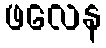
ဖလေန